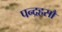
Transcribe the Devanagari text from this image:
पन्द्रहसौ